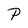
Character: P